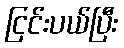
ငြင်းပယ်ပြီး